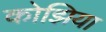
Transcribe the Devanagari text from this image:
कोझिया